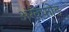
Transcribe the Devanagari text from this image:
अंखफोङ